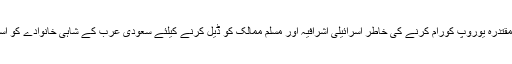
تاریخ بتاتی ہے کہ امریکی ادارے مشرق بعید کی زرد قوموں کو ہینڈل کرنے کیلئے جاپانی مقتدرہ یوروپ کورام کرنے کی خاطر اسرائیلی اشرافیہ اور مسلم ممالک کو ڈیل کرنے کیلئے سعودی عرب کے شاہی خانوادے کو استعمال کرتے ہیں تاکہ یہاں کے عوام میں امریکی مداخلت کے خلاف منفی ردعمل نہ ابھرے۔